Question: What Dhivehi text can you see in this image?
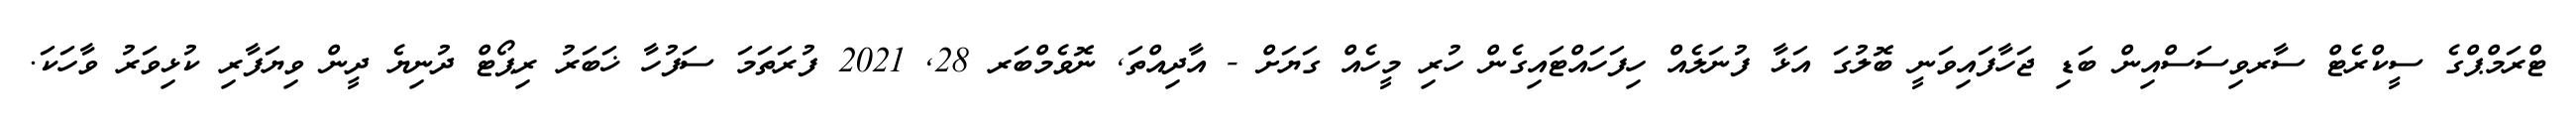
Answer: ޓްރަމްޕްގެ ސީކްރެޓް ސާރވިސަސްއިން ބަޑި ޖަހާފައިވަނީ ބޮލުގަ އަޅާ ފުނަލެއް ހިފަހައްޓައިގެން ހުރި މީހެއް ގަޔަށް - އާދިއްތަ, ނޮވެމްބަރ 28, 2021 ފުރަތަމަ ސަފުހާ ޚަބަރު ރިޕޯޓް ދުނިޔެ ދީން ވިޔަފާރި ކުޅިވަރު ވާހަކަ.